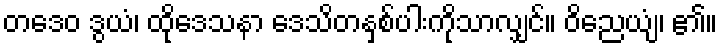
တဒေဝ ဒွယံ၊ ထိုဒေသနာ ဒေသိတနှစ်ပါးကိုသာလျှင်။ ဝိညေယျံ၊ ၏။